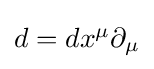
{\textstyle d=dx^{\mu }\partial _{\mu }}